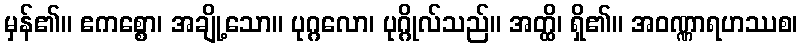
မှန်၏။ ဧကစ္စော၊ အချို့သော။ ပုဂ္ဂလော၊ ပုဂ္ဂိုလ်သည်။ အတ္ထိ၊ ရှိ၏။ အဝဏ္ဏာရဟဿစ၊